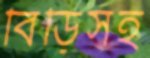
বিড়িসহ